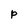
Character: P